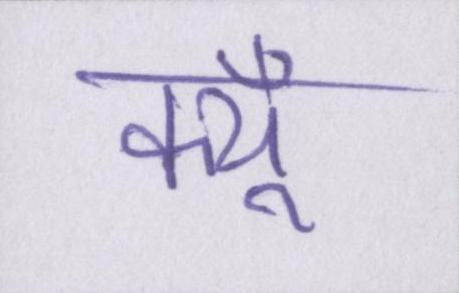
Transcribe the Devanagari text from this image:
क्यूँ